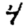
Digit: 4